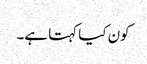
کون کیا کہتا ہے۔